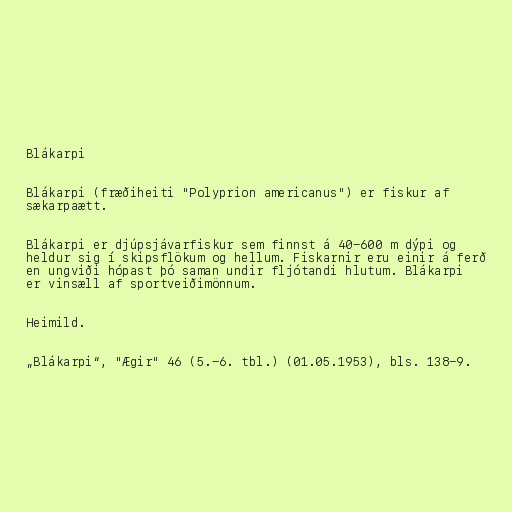
Blákarpi

Blákarpi (fræðiheiti "Polyprion americanus") er fiskur af
sækarpaætt.

Blákarpi er djúpsjávarfiskur sem finnst á 40-600 m dýpi og
heldur sig í skipsflökum og hellum. Fiskarnir eru einir á ferð
en ungviði hópast þó saman undir fljótandi hlutum. Blákarpi
er vinsæll af sportveiðimönnum.

Heimild.

„Blákarpi“, "Ægir" 46 (5.-6. tbl.) (01.05.1953), bls. 138-9.